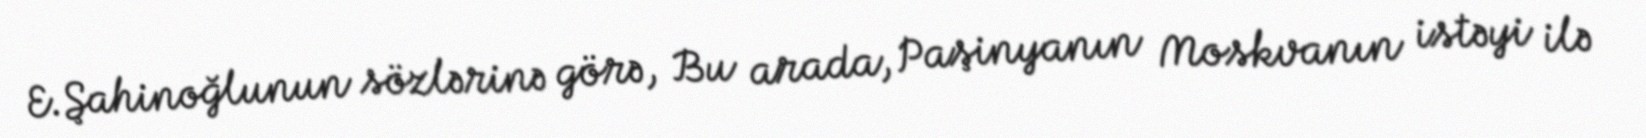
E.Şahinoğlunun sözlərinə görə, Bu arada, Paşinyanın Moskvanın istəyi ilə